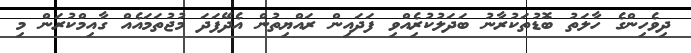
ދިވެހިންގެ ހާލަތު ބޮޑުތަކުރާނު ބަދަލުކުރިެއްވި ފަދައިން ރައްޔިތުން އެދޭފަދަ މުޖުތަމައެއް ގާއިމްކުރަން މި